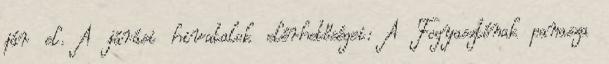
jár el. A járási hivatalok elérhetőségei: A Fogyasztónak panasza